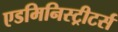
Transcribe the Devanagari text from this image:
एडमिनिस्ट्रीटर्स